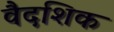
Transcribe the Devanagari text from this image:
वैदशिक